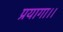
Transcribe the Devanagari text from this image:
प्रयागा।।